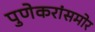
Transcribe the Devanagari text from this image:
पुणेकरांसमोर